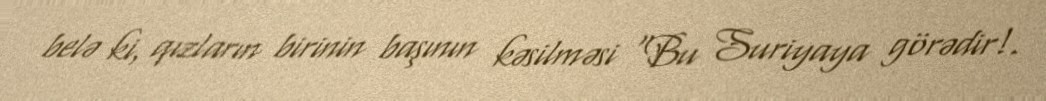
belə ki, qızların birinin başının kəsilməsi “Bu Suriyaya görədir!.